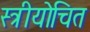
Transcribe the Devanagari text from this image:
स्त्रीयोचित